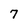
Character: 7